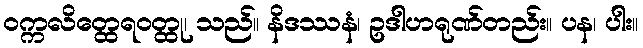
ဝက္ကလိတ္ထေရဝတ္ထု၊ သည်။ နိဒဿနံ၊ ဥဒါဟရုဏ်တည်း။ ပန၊ ပါး။